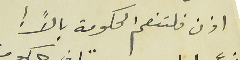
اذن فلتنعم الحكومة بالاً !